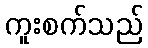
ကူးစက်သည်